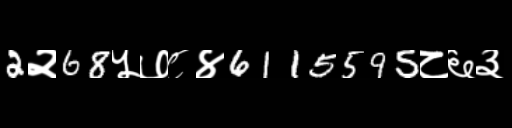
Text: 2२68५७८४6115595८६३